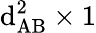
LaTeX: \mathrm{d}_{\mathrm{{AB}}}^{2}\times1